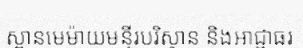
ស្ពានមេម៉ាយមន្ទីរបរិស្ថាន និងអាជ្ញាធរ